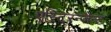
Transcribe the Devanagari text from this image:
एस्टि्रन्जेन्ट